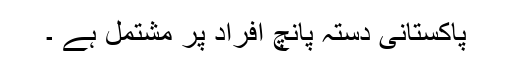
پاکستانی دستہ پانچ افراد پر مشتمل ہے ۔